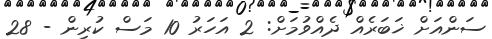
ސަންއަށް ޚަބަރެއް ދެއްވުމަށް: 2 އަހަރު 10 މަސް ކުރިން - 28